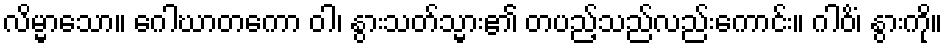
လိမ္မာသော။ ဂေါဃာတကော ဝါ၊ နွားသတ်သ္မား၏ တပည့်သည်လည်းကောင်း။ ဂါဝိံ၊ နွားကို။